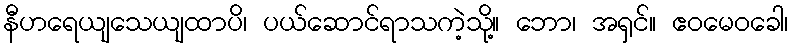
နီဟရေယျသေယျထာပိ၊ ပယ်ဆောင်ရာသကဲ့သို့။ ဘော၊ အရှင်။ ဧဝမေဝခေါ၊